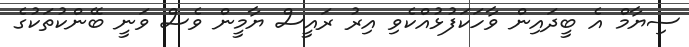
ސިޔާމް އެ ބީދައިން ވާހަކަފުޅުއްކެވި އިރު ރައީސް ޔާމީން ވެސް ވަނީ ބޭންކުތަކުގެ